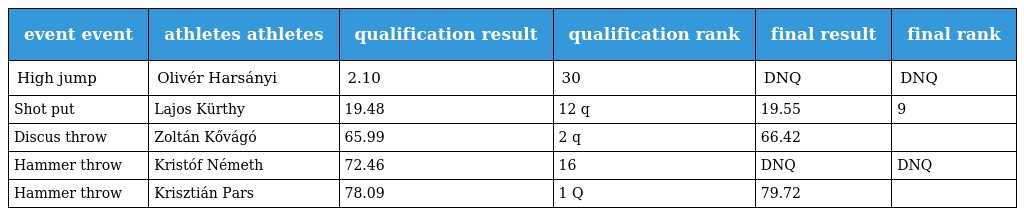
| event event | athletes athletes | qualification result | qualification rank | final result | final rank |
 | --- | --- | --- | --- | --- | --- |
 | High jump | Olivér Harsányi | 2.10 | 30 | DNQ | DNQ |
 | Shot put | Lajos Kürthy | 19.48 | 12 q | 19.55 | 9 |
 | Discus throw | Zoltán Kővágó | 65.99 | 2 q | 66.42 |  |
 | Hammer throw | Kristóf Németh | 72.46 | 16 | DNQ | DNQ |
 | Hammer throw | Krisztián Pars | 78.09 | 1 Q | 79.72 |  |